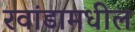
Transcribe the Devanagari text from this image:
रवांडामधील